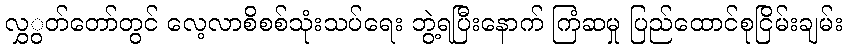
လွှွတ်တော်တွင် လေ့လာစိစစ်သုံးသပ်ရေး ဘွဲ့ရပြီးနောက် ကြံဆမှု ပြည်ထောင်စုငြိမ်းချမ်း